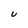
Character: u